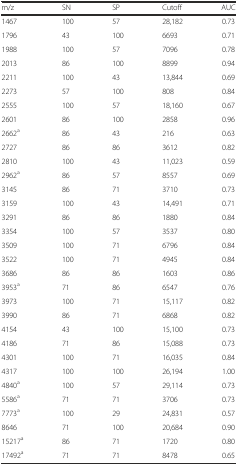
<table><thead><tr><td><b>m/z</b></td><td><b>SN</b></td><td><b>SP</b></td><td><b>Cutoff</b></td><td><b>AUC</b></td></tr></thead><tbody><tr><td>1467</td><td>100</td><td>57</td><td>28,182</td><td>0.73</td></tr><tr><td>1796</td><td>43</td><td>100</td><td>6693</td><td>0.71</td></tr><tr><td>1988</td><td>100</td><td>57</td><td>7096</td><td>0.78</td></tr><tr><td>2013</td><td>86</td><td>100</td><td>8899</td><td>0.94</td></tr><tr><td>2211</td><td>100</td><td>43</td><td>13,844</td><td>0.69</td></tr><tr><td>2273</td><td>57</td><td>100</td><td>808</td><td>0.84</td></tr><tr><td>2555</td><td>100</td><td>57</td><td>18,160</td><td>0.67</td></tr><tr><td>2601</td><td>86</td><td>100</td><td>2858</td><td>0.96</td></tr><tr><td>2662<sup>a</sup></td><td>86</td><td>43</td><td>216</td><td>0.63</td></tr><tr><td>2727</td><td>86</td><td>86</td><td>3612</td><td>0.82</td></tr><tr><td>2810</td><td>100</td><td>43</td><td>11,023</td><td>0.59</td></tr><tr><td>2962<sup>a</sup></td><td>86</td><td>57</td><td>8557</td><td>0.69</td></tr><tr><td>3145</td><td>86</td><td>71</td><td>3710</td><td>0.73</td></tr><tr><td>3159</td><td>100</td><td>43</td><td>14,491</td><td>0.71</td></tr><tr><td>3291</td><td>86</td><td>86</td><td>1880</td><td>0.84</td></tr><tr><td>3354</td><td>100</td><td>57</td><td>3537</td><td>0.80</td></tr><tr><td>3509</td><td>100</td><td>71</td><td>6796</td><td>0.84</td></tr><tr><td>3522</td><td>100</td><td>71</td><td>4945</td><td>0.84</td></tr><tr><td>3686</td><td>86</td><td>86</td><td>1603</td><td>0.86</td></tr><tr><td>3953<sup>a</sup></td><td>71</td><td>86</td><td>6547</td><td>0.76</td></tr><tr><td>3973</td><td>100</td><td>71</td><td>15,117</td><td>0.82</td></tr><tr><td>3990</td><td>86</td><td>71</td><td>6868</td><td>0.82</td></tr><tr><td>4154</td><td>43</td><td>100</td><td>15,100</td><td>0.73</td></tr><tr><td>4186</td><td>71</td><td>86</td><td>15,088</td><td>0.73</td></tr><tr><td>4301</td><td>100</td><td>71</td><td>16,035</td><td>0.84</td></tr><tr><td>4317</td><td>100</td><td>100</td><td>26,194</td><td>1.00</td></tr><tr><td>4840<sup>a</sup></td><td>100</td><td>57</td><td>29,114</td><td>0.73</td></tr><tr><td>5586<sup>a</sup></td><td>71</td><td>71</td><td>3706</td><td>0.73</td></tr><tr><td>7773<sup>a</sup></td><td>100</td><td>29</td><td>24,831</td><td>0.57</td></tr><tr><td>8646</td><td>71</td><td>100</td><td>20,684</td><td>0.90</td></tr><tr><td>15217<sup>a</sup></td><td>86</td><td>71</td><td>1720</td><td>0.80</td></tr><tr><td>17492<sup>a</sup></td><td>71</td><td>71</td><td>8478</td><td>0.65</td></tr></tbody></table>